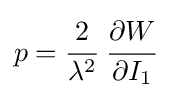
p={\cfrac {2}{\lambda ^{2}}}~{\cfrac {\partial W}{\partial I_{1}}}~